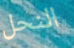
النحل